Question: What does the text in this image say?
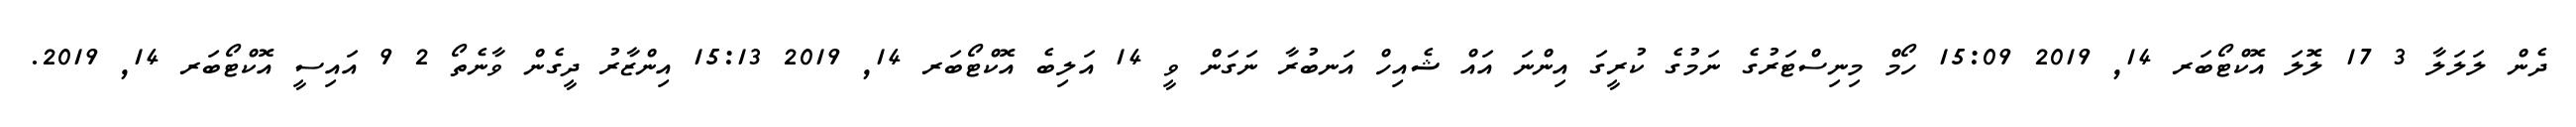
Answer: ދެން ލަލަލާ 3 17 ލޮލަ އޮކްޓޯބަރ 14, 2019 15:09 ހޯމް މިނިސްޓަރުގެ ނަމުގެ ކުރީގަ އިންނަ އައް ޝެއިހް އަނބުރާ ނަގަން ވީ 14 އަލިބެ އޮކްޓޯބަރ 14, 2019 15:13 އިންޒާރު ދީގެން ވާނެތޯ 2 9 އައިސީ އޮކްޓޯބަރ 14, 2019.